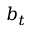
b _ { t }